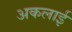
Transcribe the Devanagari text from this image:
अकलाई